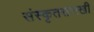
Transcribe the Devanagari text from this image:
संस्कृतसारखी